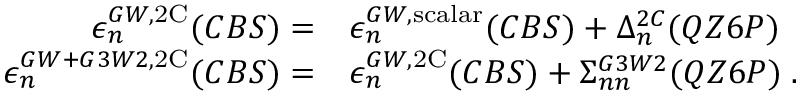
\begin{array} { r l } { \epsilon _ { n } ^ { G W , \mathrm { 2 C } } ( C B S ) = } & { \epsilon _ { n } ^ { G W , \mathrm { s c a l a r } } ( C B S ) + \Delta _ { n } ^ { 2 C } ( Q Z 6 P ) } \\ { \epsilon _ { n } ^ { G W + G 3 W 2 , \mathrm { 2 C } } ( C B S ) = } & { \epsilon _ { n } ^ { G W , \mathrm { 2 C } } ( C B S ) + \Sigma _ { n n } ^ { G 3 W 2 } ( Q Z 6 P ) \; . } \end{array}